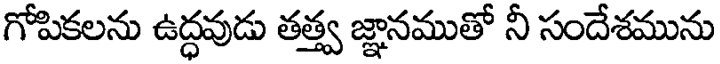
గోపికలను ఉద్ధవుడు తత్త్వ జ్ఞానముతో నీ సందేశమును